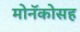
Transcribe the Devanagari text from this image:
मोनॅकोसह